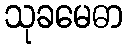
သုခမေဓာ